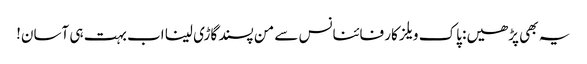
یہ بھی پڑھیں: پاک ویلز کار فائنانس سے من پسند گاڑی لینا اب بہت ہی آسان!